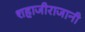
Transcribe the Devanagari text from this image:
शहाजीराजानी